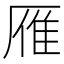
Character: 雁